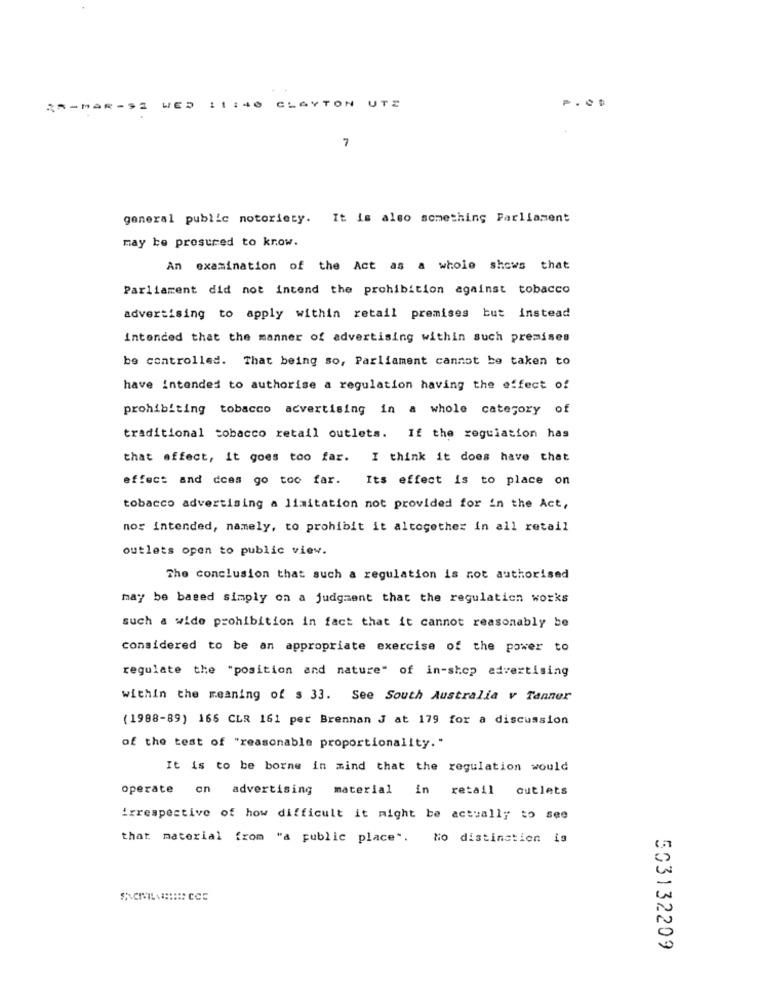
25-MAR-32
11 :40
CLAYTON UTE
7
general public notoriety.
It is also something Parliament
may be presured to krow.
An examination of the Act as a whole shows that
Parliament did not intend the prohibition against tobacco
advertising to apply within retail premises but instead
intended that the manner of advertising within such premises
be controlled. That being so, Parliament cannot be taken to
have intended to authorise a regulation having the effect of
prohibiting tobacco acvertising in a whole category of
traditional tobacco retail outlets. If the regulation has
that affect, it goes too far. I think it does have that
effect and does go too far. Its effect is to place on
tobacco advertising a limitation not provided for in the Act,
nor intended, namely, to prohibit it altogether in all retail
outlets open to public view.
The conclusion that such a regulation is not authorised
may be based simply on a judgment that the regulation works
such a wide prohibition in fact that it cannot reasonably be
considered to be an appropriate exercise of the power to
regulate the "position and nature" of in-shop advertising
within the meaning of s 33. See South Australia v Tanner
(1988-89) 166 CLR 161 per Brennan J at 179 for a discussion
of the test of "reasonable proportionality."
It is to be borne in mind that the regulation would
operate
on advertising
material in
retail outlets
irrespective of how difficult it might be actually to see
that material from "a public place". No distinction is
503132209